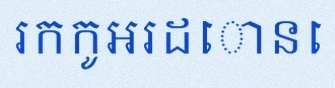
រកកូអរដោនេ